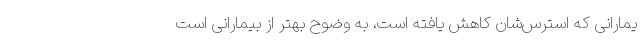
یمارانی که استرس‌شان کاهش یافته است، به وضوح بهتر از بیمارانی است